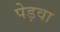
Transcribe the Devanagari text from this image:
पेड़वा